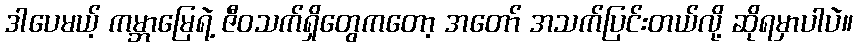
ဒါပေမယ့် ကမ္ဘာမြေရဲ့ ဇီဝသက်ရှိတွေကတော့ အတော် အသက်ပြင်းတယ်လို့ ဆိုရမှာပါပဲ။